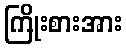
ကြိုးစားအား